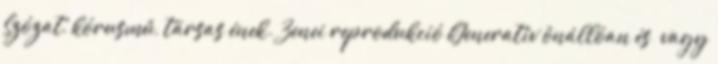
Szózat, kórusmű, társas ének. Zenei reprodukció Generatív önállóan és vagy